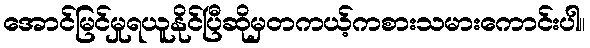
အောင်မြင်မှုရယူနိုင်ပြီဆိုမှတကယ့်ကစားသမားကောင်းပါ။